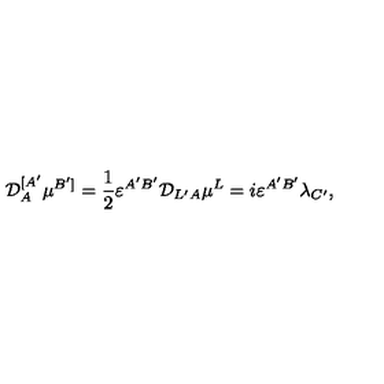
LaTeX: { \cal D } _ { A } ^ { [ A ^ { \prime } } \mu ^ { B ^ { \prime } ] } = \frac { 1 } { 2 } \varepsilon ^ { A ^ { \prime } B ^ { \prime } } { \cal D } _ { L ^ { \prime } A } \mu ^ { L } = i \varepsilon ^ { A ^ { \prime } B ^ { \prime } } \lambda _ { C ^ { \prime } } ,